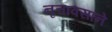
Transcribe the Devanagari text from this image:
नृत्तावसाने